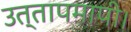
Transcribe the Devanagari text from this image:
उत्तापमापी।